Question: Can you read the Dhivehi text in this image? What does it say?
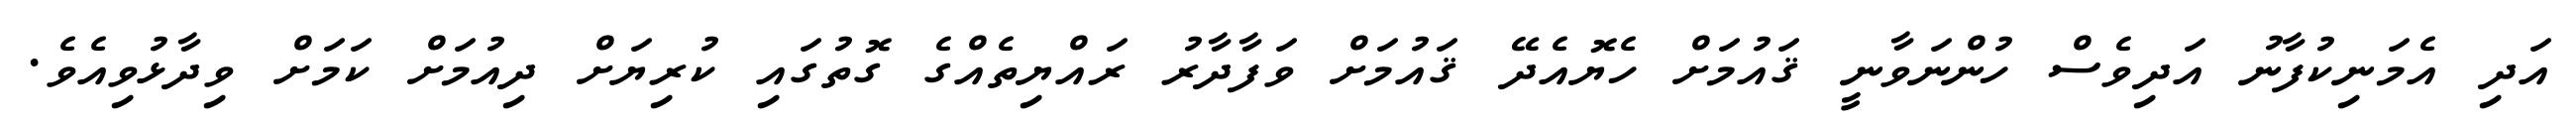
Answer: އަދި އެމަނިކުފާނު އަދިވެސް ހުންނަވާނީ ޤައުމަށް ހެޔޮއެދޭ ޤައުމަށް ވަފާދާރު ރައްޔިތެއްގެ ގޮތުގައި ކުރިޔަށް ދިއުމަށް ކަމަށް ވިދާޅުވިއެވެ.